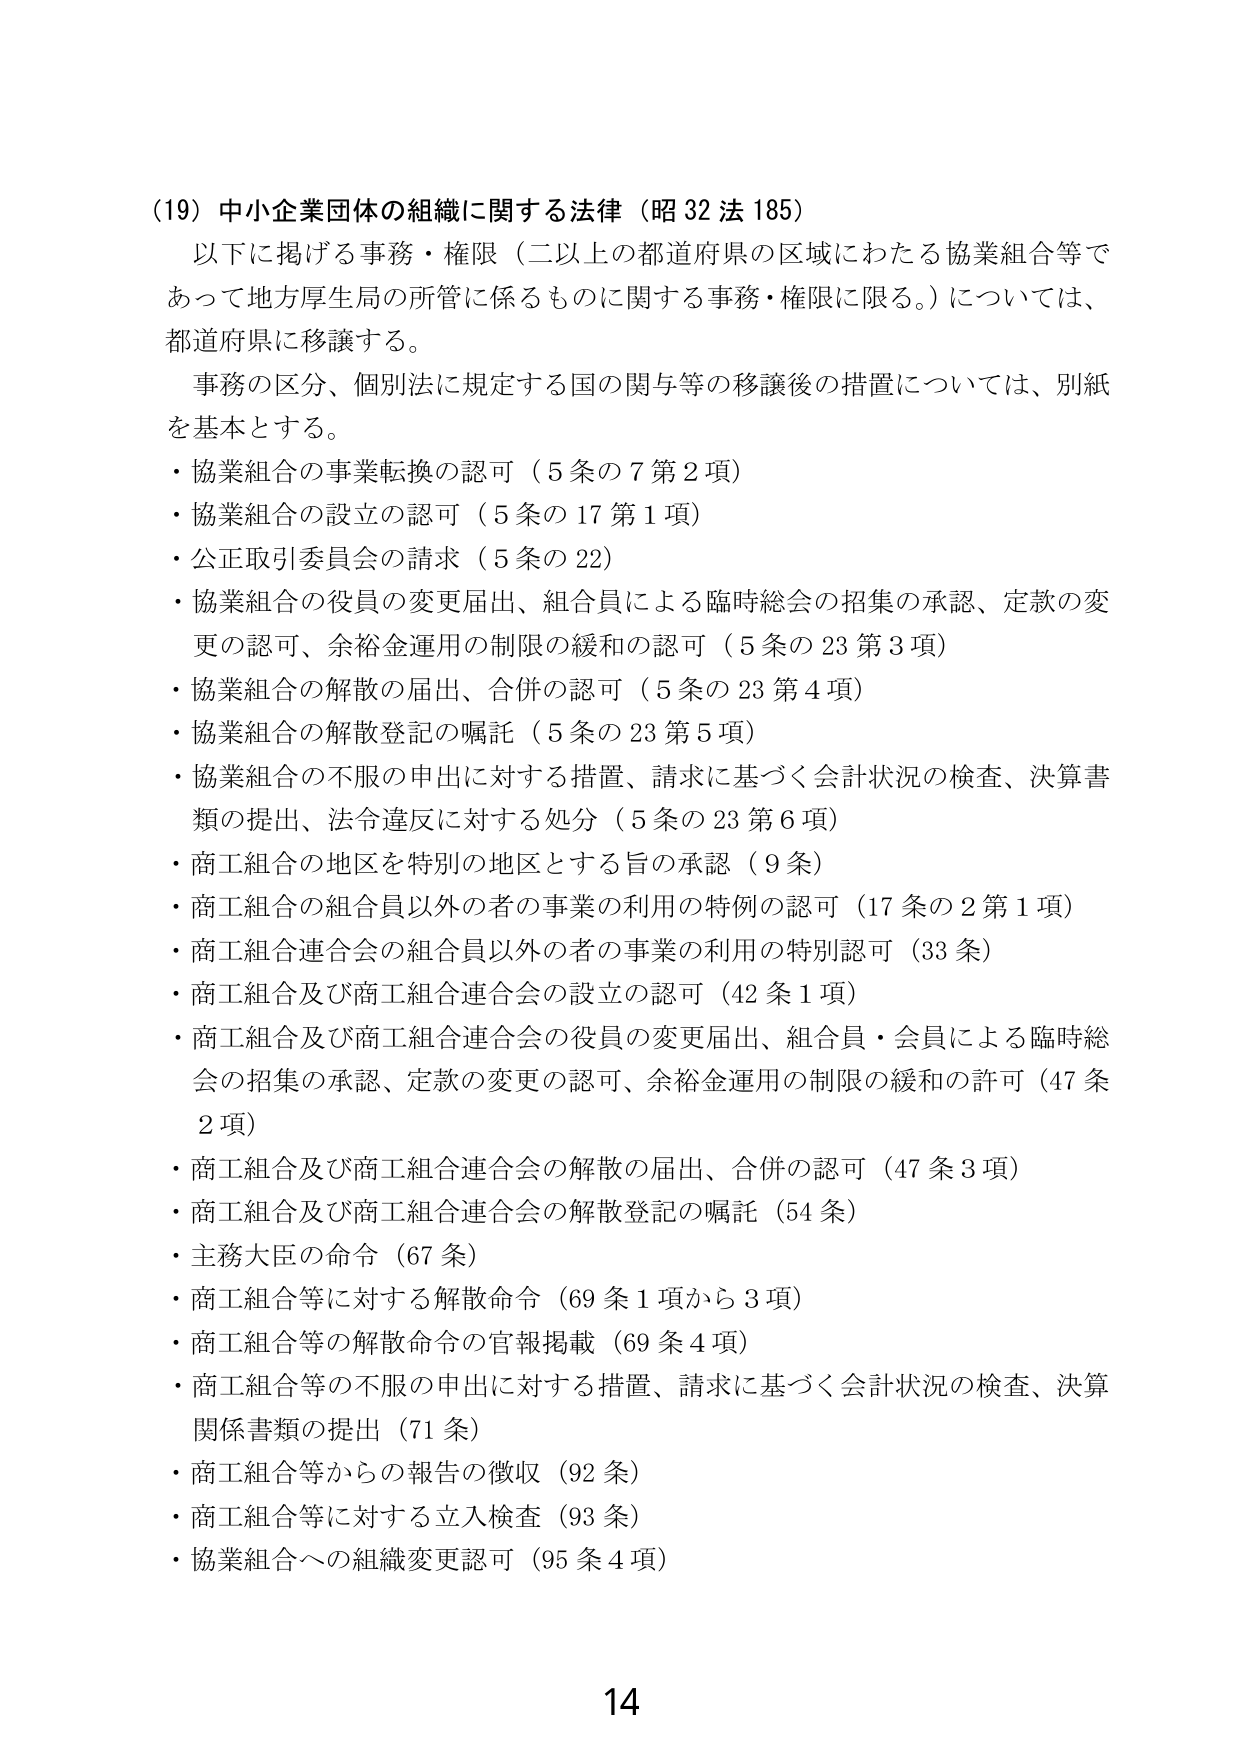
(19) 中小企業団体の組織に関する法律（昭32法185）
以下に掲げる事務・権限（二以上の都道府県の区域にわたる協業組合等であって地方厚生局の所管に係るものに関する事務・権限に限る。）については、都道府県に移譲する。
事務の区分、個別法に規定する国の関与等の移譲後の措置については、別紙を基本とする。
・協業組合の事業転換の認可（5条の7第2項）
・協業組合の設立の認可（5条の17第1項）
・公正取引委員会の請求（5条の22）
・協業組合の役員の変更届出、組合員による臨時総会の招集の承認、定款の変更の認可、余裕金運用の制限の緩和の認可（5条の23第3項）
・協業組合の解散の届出、合併の認可（5条の23第4項）
・協業組合の解散登記の嘱託（5条の23第5項）
・協業組合の不服の申出に対する措置、請求に基づく会計状況の検査、決算書類の提出、法令違反に対する処分（5条の23第6項）
・商工組合の地区を特別の地区とする旨の承認（9条）
・商工組合の組合員以外の者の事業の利用の特例の認可（17条の2第1項）
・商工組合連合会の組合員以外の者の事業の利用の特別認可（33条）
・商工組合及び商工組合連合会の設立の認可（42条1項）
・商工組合及び商工組合連合会の役員の変更届出、組合員・会員による臨時総会の招集の承認、定款の変更の認可、余裕金運用の制限の緩和の許可（47条2項）
・商工組合及び商工組合連合会の解散の届出、合併の認可（47条3項）
・商工組合及び商工組合連合会の解散登記の嘱託（54条）
・主務大臣の命令（67条）
・商工組合等に対する解散命令（69条1項から3項）
・商工組合等の解散命令の官報掲載（69条4項）
・商工組合等の不服の申出に対する措置、請求に基づく会計状況の検査、決算関係書類の提出（71条）
・商工組合等からの報告の徴収（92条）
・商工組合等に対する立入検査（93条）
・協業組合への組織変更認可（95条4項）
14